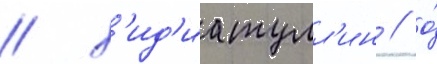
/ х'ид'иатулл'ин / о́